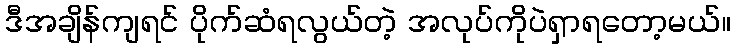
ဒီအချိန်ကျရင် ပိုက်ဆံရလွယ်တဲ့ အလုပ်ကိုပဲရှာရတော့မယ်။